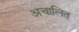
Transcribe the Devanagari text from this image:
अचालित